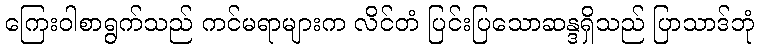
ကြေးဝါစာရွက်သည် ကင်မရာများက လိင်တံ ပြင်းပြသောဆန္ဒရှိသည် ပြာသာဒ်ဘုံ